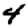
Digit: 4